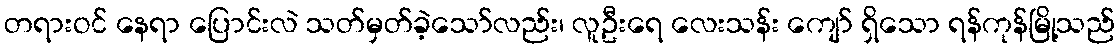
တရားဝင် နေရာ ပြောင်းလဲ သတ်မှတ်ခဲ့သော်လည်း၊ လူဦးရေ လေးသန်း ကျော် ရှိသော ရန်ကုန်မြို့သည်